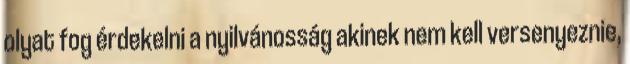
olyat fog érdekelni a nyilvánosság akinek nem kell versenyeznie,